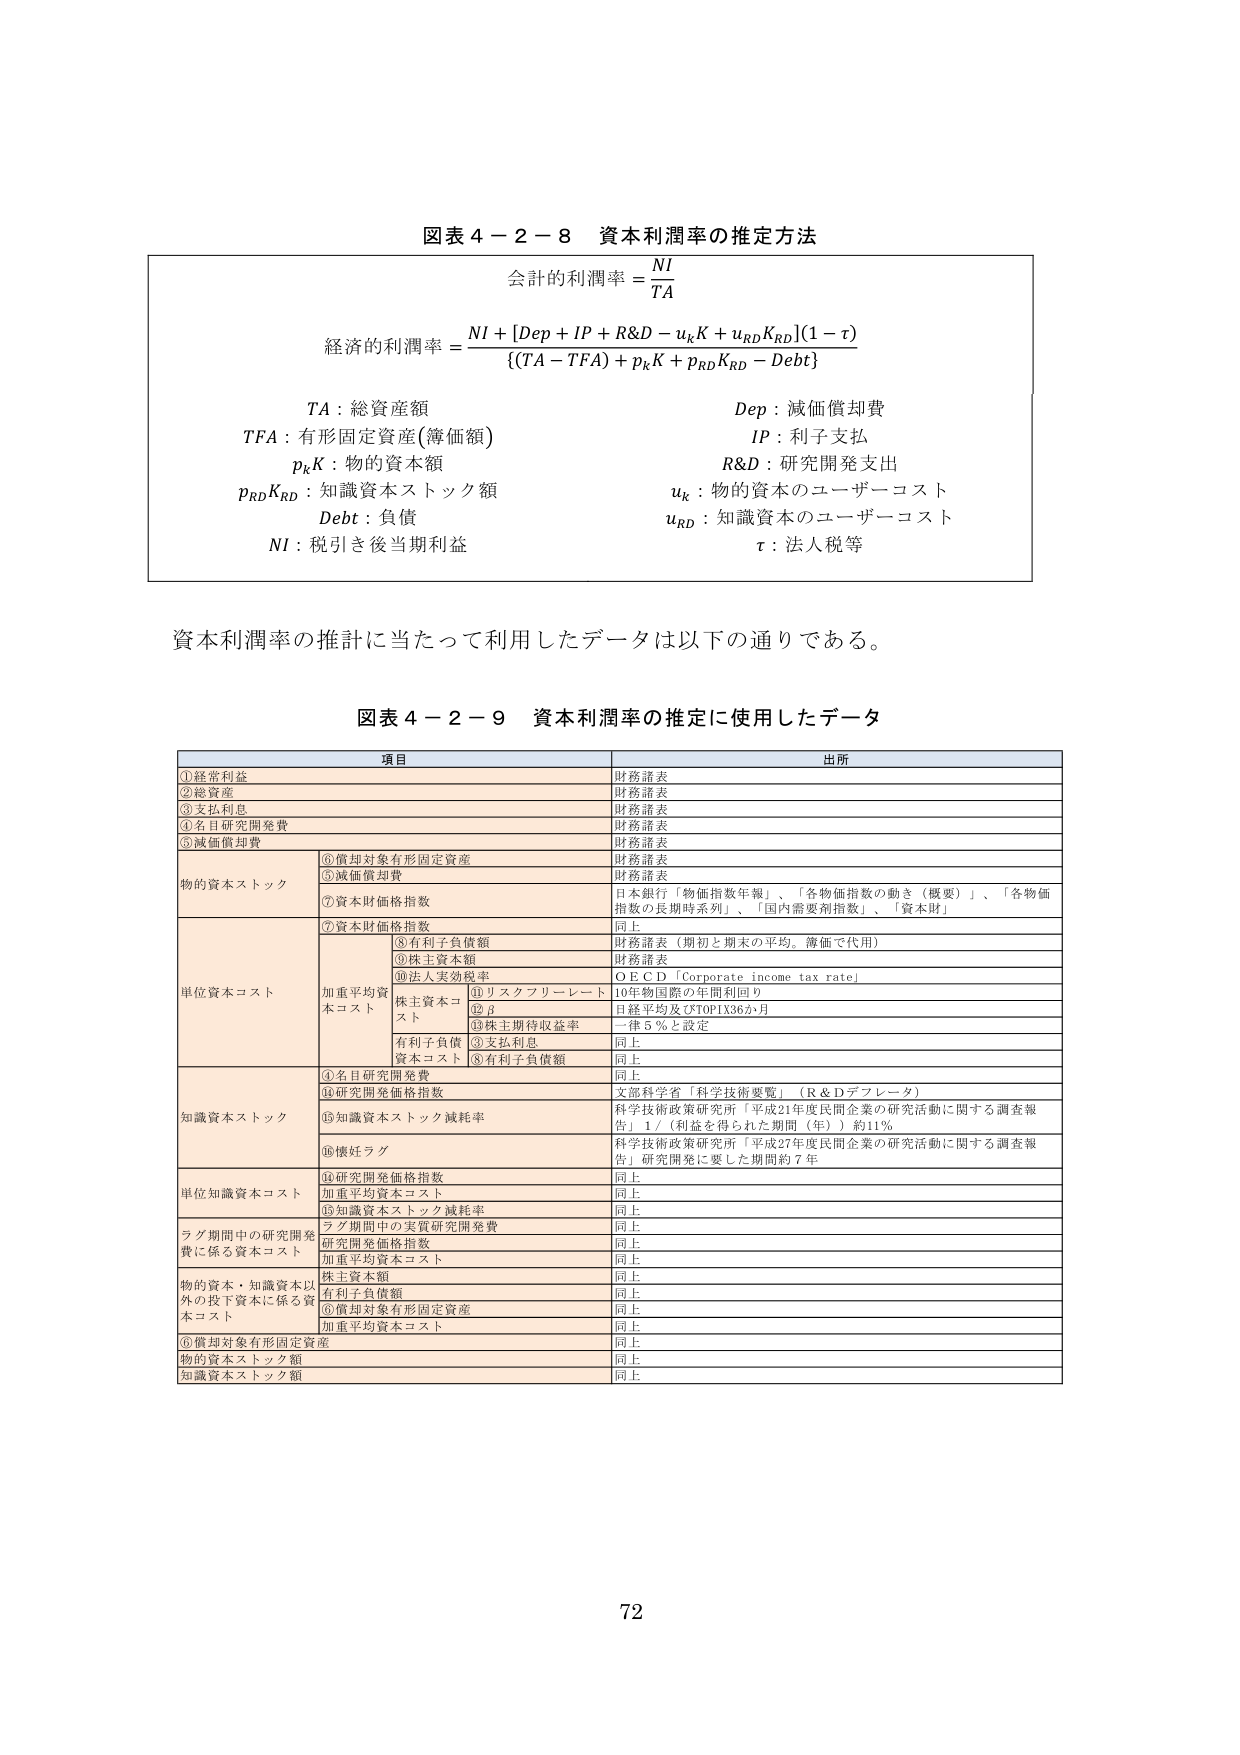
図表４－２－８　資本利潤率の推定方法

会計的利潤率＝NI／TA

経済的利潤率＝{NI＋[Dep＋IP＋R&D－uₖK＋uᵣD KᵣD](1－τ)}／{(TA－TFA)＋pₖK＋pᵣD KᵣD－Debt}

TA：総資産額　　　　　　　　　　　　　Dep：減価償却費
TFA：有形固定資産(簿価額)　　　　　　IP：利子支払
pₖK：物的資本額　　　　　　　　　　　R&D：研究開発支出
pᵣD KᵣD：知識資本ストック額　　　　　uₖ：物的資本のユーザー・コスト
Debt：負債　　　　　　　　　　　　　　uᵣD：知識資本のユーザー・コスト
NI：税引き後当期利益　　　　　　　　　τ：法人税等

資本利潤率の推計に当たって利用したデータは以下の通りである。

図表４－２－９　資本利潤率の推定に使用したデータ

| 項目 | 出所 |
|------|------|
| ①経常利益 | 財務諸表 |
| ②総資産 | 財務諸表 |
| ③支払利息 | 財務諸表 |
| ④名目研究開発費 | 財務諸表 |
| ⑤減価償却費 | 財務諸表 |
| 物的資本ストック | ⑥償却対象有形固定資産<br>⑤減価償却費<br>⑦資本財価格指数 | 財務諸表<br>財務諸表<br>日本銀行「物価指数年報」、「各物価指数の動き（概要）」、「各物価指数の長期時系列」、「国内需要別指数」、「資本財」 |
| 単位資本コスト | ⑦資本財価格指数<br>⑧有利子負債額<br>⑨株主資本額<br>⑩法人実効税率<br>株主資本コスト<br>⑪リスクプレミアム<br>⑫β<br>⑬株主期待収益率<br>③支払利息<br>有利子負債<br>資本コスト<br>⑧有利子負債額 | 同上<br>財務諸表（期初と期末の平均。簿価で代用）<br>財務諸表<br>O E C D「Corporate income tax rate」<br>10年物国際の年間利回り<br>日経平均及びTOPIX36か月<br>一律5％と設定<br>同上<br>同上 |
| 知識資本ストック | ④名目研究開発費<br>⑭研究開発価格指数<br>⑮知識資本ストック減耗率<br>⑯懐妊ラグ | 同上<br>文部科学省「科学技術要覧」（R＆Dデフレータ）<br>科学技術政策研究所「平成21年度民間企業の研究活動に関する調査報告」1／（利益を得られた期間（年））約11％<br>科学技術政策研究所「平成27年度民間企業の研究活動に関する調査報告」研究開発に要した期間約7年 |
| 単位知識資本コスト | ⑭研究開発価格指数<br>加重平均資本コスト<br>⑮知識資本ストック減耗率 | 同上<br>同上<br>同上 |
| ラグ期間中の研究開発費に係る資本コスト | ラグ期間中の実質研究開発費<br>研究開発価格指数<br>加重平均資本コスト | 同上<br>同上<br>同上 |
| 物的資本・知識資本以外の投下資本に係る資本コスト | 株主資本額<br>有利子負債額<br>⑥償却対象有形固定資産<br>加重平均資本コスト | 同上<br>同上<br>同上<br>同上 |
| ⑥償却対象有形固定資産 | 同上 |
| 物的資本ストック額 | 同上 |
| 知識資本ストック額 | 同上 |

72